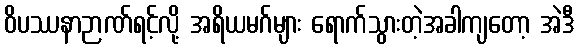
ဝိပဿနာဉာဏ်ရင့်လို့ အရိယမဂ်များ ရောက်သွားတဲ့အခါကျတော့ အဲဒီ